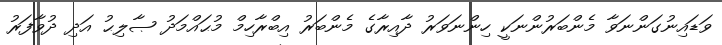
ވަޑައިނުގަންނަވާ މެންބަރުންނަކީ ހިންނަވަރު ދާއިރާގެ މެންބަރު އިބްރާހިމް މުޙައްމަދު ޞާލިޙު އަދި ދުވާފަރު